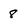
Character: 8